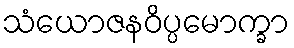
သံယောဇနဝိပ္ပမောက္ခာ